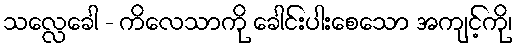
သလ္လေခေါ - ကိလေသာကို ခေါင်းပါးစေသော အကျင့်ကို၊